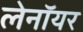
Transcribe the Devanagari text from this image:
लेनॉयर